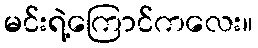
မင်းရဲ့ကြောင်ကလေး။